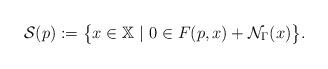
LaTeX: \begin{align*} \mathcal{S}(p):=\big\{x\in\mathbb{X}\ |\ 0\in F(p,x)+\mathcal{N}_\Gamma(x)\big\}. \end{align*}